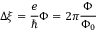
\Delta \xi = \frac { e } { \hbar } \Phi = 2 \pi \frac { \Phi } { \Phi _ { 0 } }